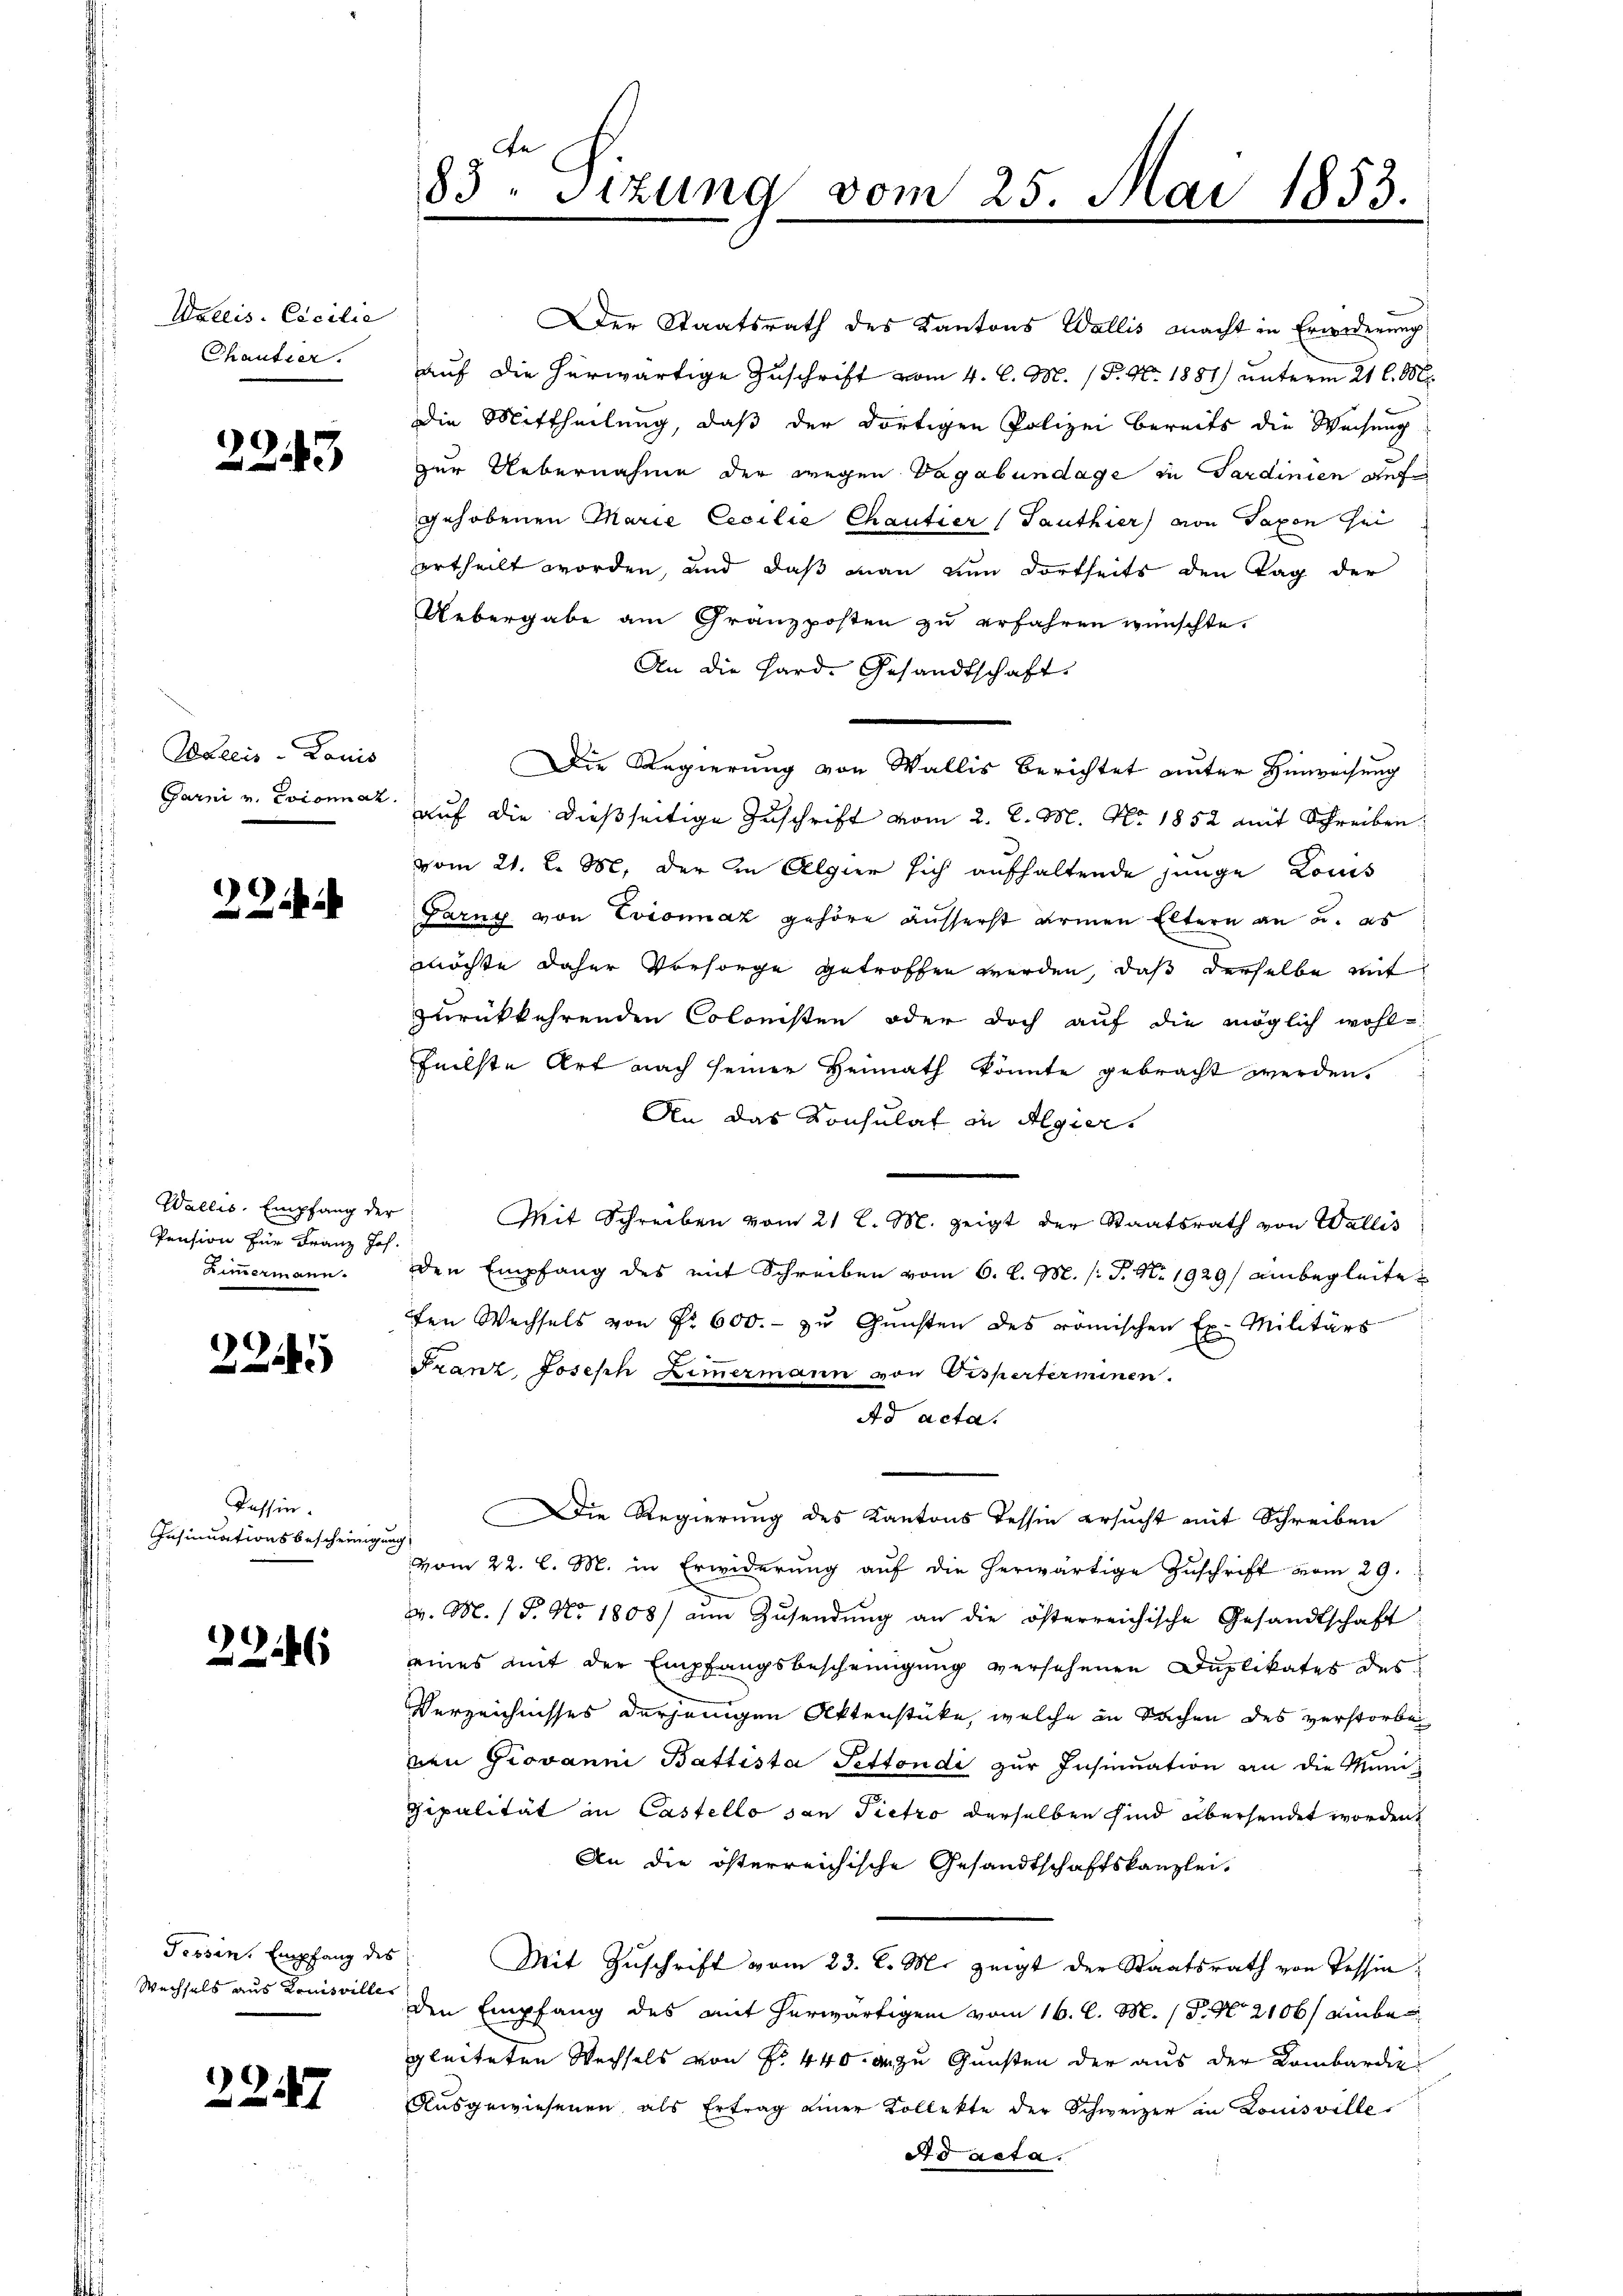
Wallis. Cocilie
Chantier.

2243

Wallis - Lanis

22

Wallis, Empfang der
Pension für Franz Joh.
Zimmermann.

224

Tessin.
Insinuationsbescheinigen

226

Tessin. Empfang des
Wechsels aus Louisville

2247

83. Sizung vom 25. Mai 1853.

Der Staatsrath des Kantons Wallis macht in Erwiderung
auf die herwärtige Zuschrift vom 4. l. M. (T. No. 1881) unterm 21 l. M.
die Mittheilung, daß der dortigen Polizei bereits die Wachung
zur Uebernahme der wegen Vagabundage in Sardinien auf
gehobenen Marie Cecilie Chantier (Tanthier von Saxon sei
ertheilt worden, und daß man nun dortseits den Tag der
Uebergabe am Gränzposten zu erfahren wünschte.
An die Hard- Gesandtschaft.
Garni v. Evianuar auf die dießseitige Zuschrift vom 2. d. M. No. 1852 mit Schreiben
vom 21. d. M. der in Algier sich aufhaltende junge Louis
Parng von Evionnaz gehöre äusserst armen Eltern an u. es
möchte daher Vorsorge getroffen werden, daß derselbe mit
zurückkehrenden Colonisten oder doch auf die möglich wohl-
feilste Art nach seiner Heimath könnte gebracht werden.
An das Konsulat in Algier
Mit Schreiben vom 21 l. M. zeigt der Staatsrath von Wallis
den Empfang des mit Schreiben vom 6. l. M. /: P. Nr. 1929 einbegleite
ten Wechsels von Fr. 600. - zu Gunsten des römischen Ex. Militärs
Franz, Joseph Zimmermann von Disperterminen.
Ad acta.
Die Regierung des Kantons Tessin ersucht mit Schreiben
vom 22. l. M. in Erwiderung auf die herwärtige Zuschrift vom 29.
v. M. (T. No 1808) ŭm Zŭsendŭng an die österreichische Gesandtschaft:
eines mit der Empfangsbescheinigung versehenen Duplikates des
Verzeichnisses derjenigen Aktenstücke, welche in Sachen des verstorbe
ven Giovanni Battista Pettondi zur Insinuation an die Muni
Gipalität in Castello son Pietro derselben sind übersendet worden,
An die österreichische Gesandtschaftskanzlei,
Mit Zŭschrift vom 23. d. M. zeigt der Staatsrath von Tessin:
den Empfang des mit herwärtigem vom 16. l. M. / P. Nr. 2106/ einbegleiteten Wechsels von Fr. 440. an zu Gunsten der aus der Kombardie
Ausgewiesenen als Ertrag einer Kollekte der Schweizer in Louisvilles
A d acta.

Die Regierung von Wallis berichtet unter Hinweisung